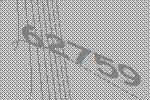
62759